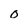
Character: O